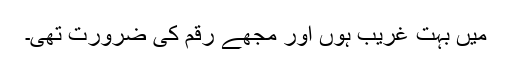
میں بہت غریب ہوں اور مجھے رقم کی ضرورت تھی۔